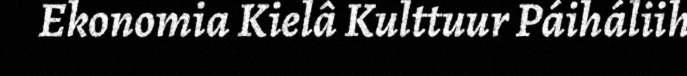
Ekonomia Kielâ Kulttuur Páiháliih